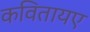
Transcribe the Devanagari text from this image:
कवितायए